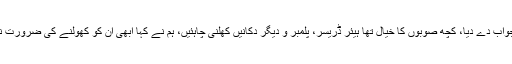
مراد علی شاہ کا کہنا تھا وفاق کے ایس او پیز پر 4 صفحات کا جواب دے دیا، کچھ صوبوں کا خیال تھا ہیئر ڈریسر، پلمبر و دیگر دکانیں کھلنی چاہئیں، ہم نے کہا ابھی ان کو کھولنے کی ضرورت نہیں، لاک ڈاؤن میں ہیئر ڈریسر، درزی کے پاس جائے گا کون؟